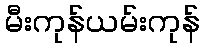
မီးကုန်ယမ်းကုန်